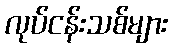
လုပ်ငန်းသစ်များ